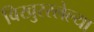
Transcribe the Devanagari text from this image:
विखुररलेल्या